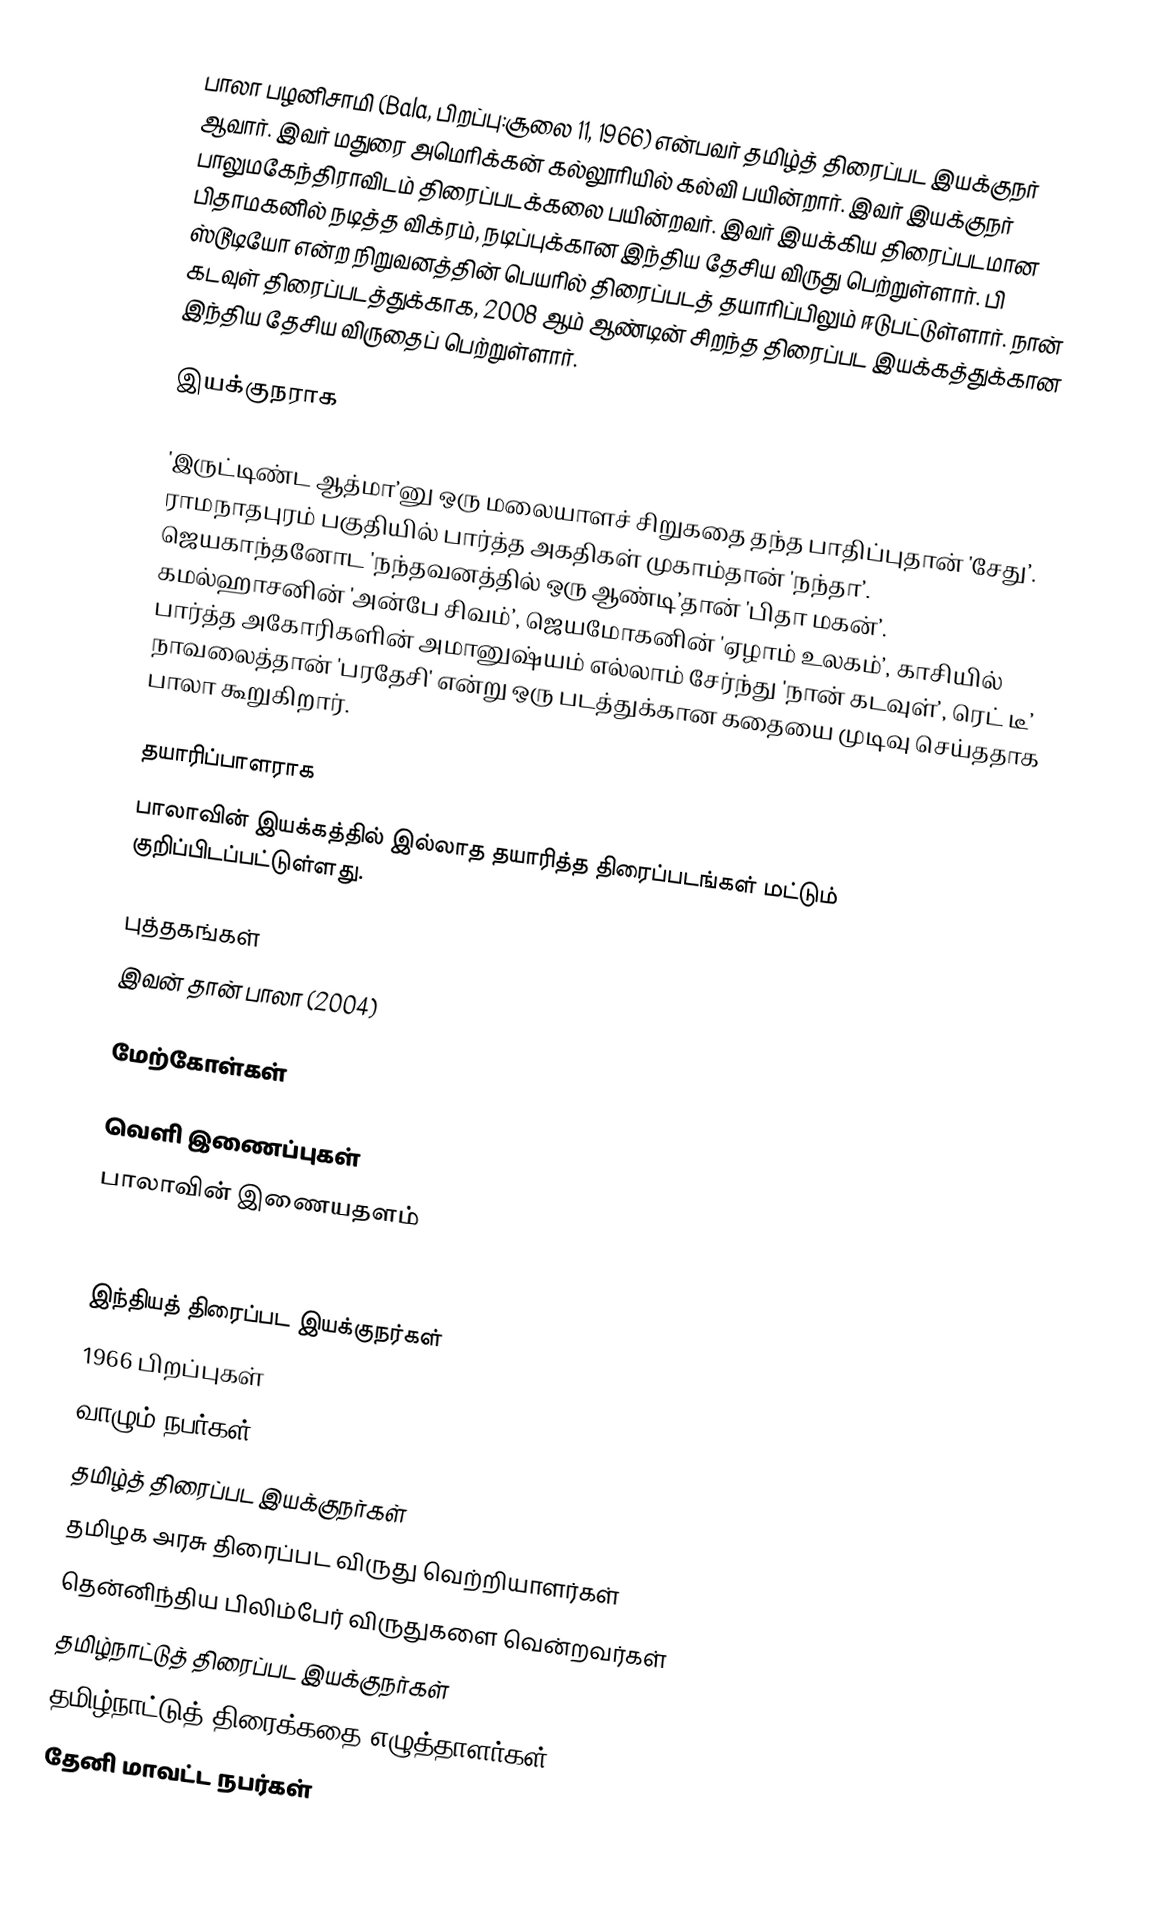
பாலா பழனிசாமி (Bala, பிறப்பு:சூலை 11, 1966) என்பவர் தமிழ்த் திரைப்பட இயக்குநர் ஆவார். இவர் மதுரை அமெரிக்கன் கல்லூரியில் கல்வி பயின்றார். இவர் இயக்குநர் பாலுமகேந்திராவிடம் திரைப்படக்கலை பயின்றவர். இவர் இயக்கிய திரைப்படமான பிதாமகனில் நடித்த விக்ரம், நடிப்புக்கான இந்திய தேசிய விருது பெற்றுள்ளார். பி ஸ்டூடியோ என்ற நிறுவனத்தின் பெயரில் திரைப்படத் தயாரிப்பிலும் ஈடுபட்டுள்ளார். நான் கடவுள் திரைப்படத்துக்காக, 2008 ஆம் ஆண்டின் சிறந்த திரைப்பட இயக்கத்துக்கான இந்திய தேசிய விருதைப் பெற்றுள்ளார்.

இயக்குநராக

'இருட்டிண்ட ஆத்மா’னு ஒரு மலையாளச் சிறுகதை தந்த பாதிப்புதான் 'சேது’. ராமநாதபுரம் பகுதியில் பார்த்த அகதிகள் முகாம்தான் 'நந்தா’. ஜெயகாந்தனோட  'நந்தவனத்தில் ஒரு ஆண்டி’தான் 'பிதா மகன்’. கமல்ஹாசனின் 'அன்பே சிவம்’, ஜெயமோகனின் 'ஏழாம் உலகம்’, காசியில் பார்த்த அகோரிகளின் அமானுஷ்யம் எல்லாம் சேர்ந்து 'நான் கடவுள்’, ரெட் டீ’ நாவலைத்தான் 'பரதேசி' என்று ஒரு படத்துக்கான கதையை முடிவு செய்ததாக பாலா கூறுகிறார்.

தயாரிப்பாளராக
பாலாவின் இயக்கத்தில் இல்லாத தயாரித்த திரைப்படங்கள் மட்டும் குறிப்பிடப்பட்டுள்ளது.

புத்தகங்கள்
 இவன் தான் பாலா (2004)

மேற்கோள்கள்

வெளி இணைப்புகள்
 பாலாவின் இணையதளம்

இந்தியத் திரைப்பட இயக்குநர்கள்
1966 பிறப்புகள்
வாழும் நபர்கள்
தமிழ்த் திரைப்பட இயக்குநர்கள்
தமிழக அரசு திரைப்பட விருது வெற்றியாளர்கள்
தென்னிந்திய பிலிம்பேர் விருதுகளை வென்றவர்கள்
தமிழ்நாட்டுத் திரைப்பட இயக்குநர்கள்
தமிழ்நாட்டுத் திரைக்கதை எழுத்தாளர்கள்
தேனி மாவட்ட நபர்கள்